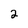
Character: 2